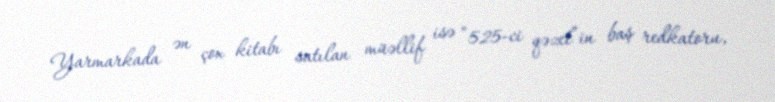
Yarmarkada ən çox kitabı satılan müəllif isə “525-ci qəzet”in baş redkatoru,